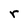
Character: r